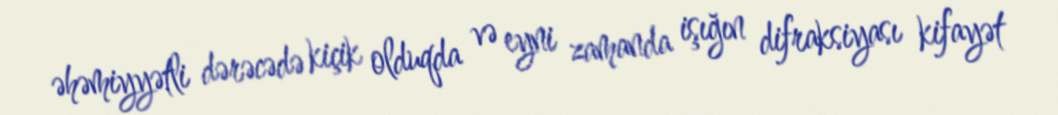
əhəmiyyətli dərəcədə kiçik olduqda və eyni zamanda işığın difraksiyası kifayət